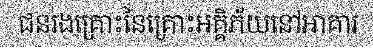
ជនរងគ្រោះនៃគ្រោះអគ្គិភ័យនៅអាគារ